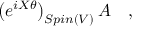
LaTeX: \left( e ^ { i X \theta } \right) _ { S p i n ( V ) } A \quad ,